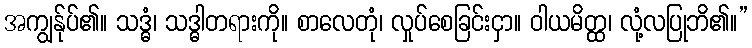
အကျွန်ုပ်၏။ သဒ္ဓံ၊ သဒ္ဓါတရားကို။ စာလေတုံ၊ လှုပ်စေခြင်းငှာ။ ဝါယမိတ္ထ၊ လုံ့လပြုဘိ၏။”